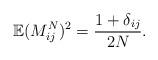
LaTeX: \begin{align*} \mathbb E(M_{ij}^N)^2 = \frac{1+\delta_{ij}}{2N}.\end{align*}